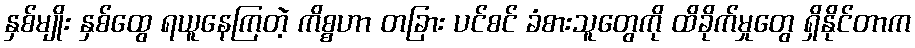
နှစ်မျိုး နှစ်ထွေ ရယူနေကြတဲ့ ကိစ္စဟာ တခြား ပင်စင် ခံစားသူတွေကို ထိခိုက်မှုတွေ ရှိနိုင်တာက